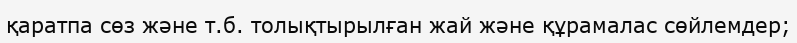
қаратпа сөз және т.б. толықтырылған жай және құрамалас сөйлемдер;